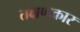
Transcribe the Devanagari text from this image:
तक्षणकार